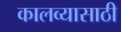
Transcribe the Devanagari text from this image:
कालव्यासाठी